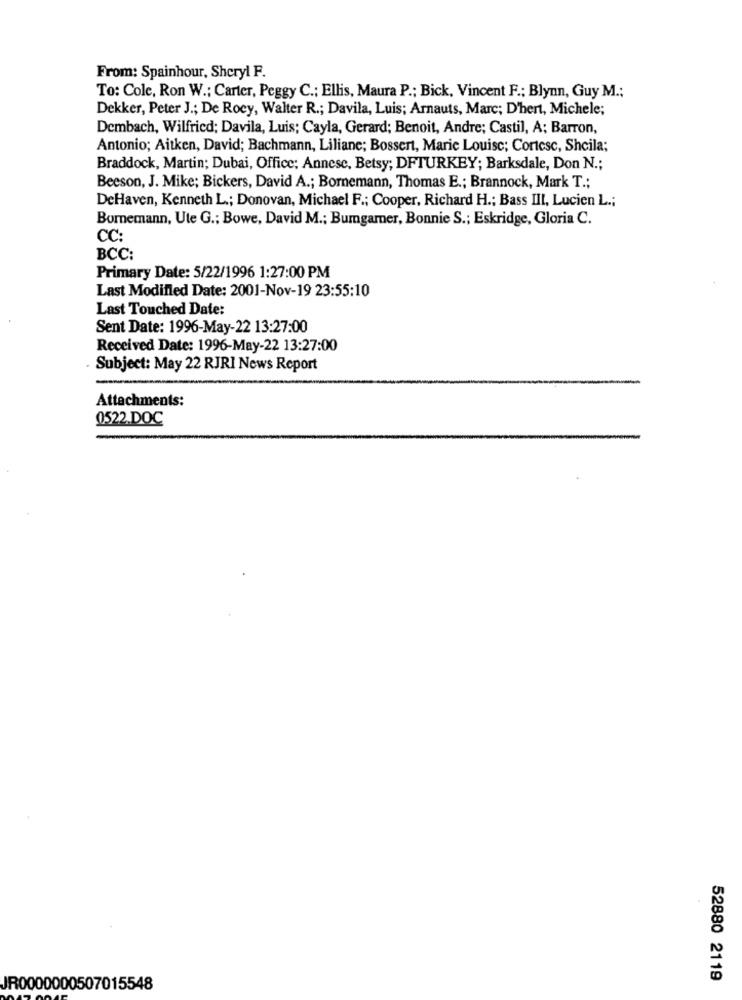
From: Spainhour, Sheryl F.
To: Cole, Ron W .; Carter, Peggy C .; Ellis, Maura P .; Bick, Vincent F .; Blynn, Guy M .;
Dekker, Peter J .; De Rocy, Walter R .; Davila, Luis; Arnauts, Marc; D'hert, Michele;
Dembach, Wilfried; Davila, Luis; Cayla, Gerard; Benoit, Andre; Castil, A; Barron,
Antonio; Aitken, David; Bachmann, Liliane; Bossert, Marie Louise; Cortesc, Sheila;
Braddock, Martin; Dubai, Office: Annese, Betsy; DFTURKEY; Barksdale, Don N .;
Beeson, J. Mike; Bickers, David A .; Bornemann, Thomas E .; Brannock, Mark T .;
DeHaven, Kenneth L .; Donovan, Michael F .; Cooper, Richard H .; Bass III, Lucien L .;
Bornemann, Ute G .; Bowe, David M .; Bumgarner, Bonnie S .; Eskridge, Gloria C.
CC:
BCC:
Primary Date: 5/22/1996 1:27:00 PM
Last Modified Date: 2001-Nov-19 23:55:10
Last Touched Date:
Sent Date: 1996-May-22 13:27:00
Received Date: 1996-May-22 13:27:00
Subject: May 22 RJRI News Report
Attachments:
0522.DOC
52880 2119
JR0000000507015548